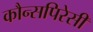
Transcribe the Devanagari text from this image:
कौन्सपिरेसी